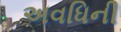
અવધિની